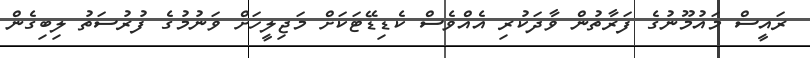
ރައީސް މައުމޫނުގެ ފަރާތުން ވާދަކުރި އެއްވެސް ކެޑިޑޭޓަކަށް މަޖިލީހަށް ވަނުމުގެ ފުރުސަތު ލިބިގެން